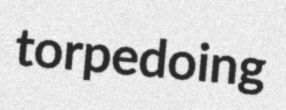
torpedoing